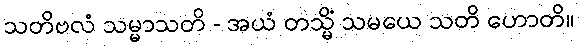
သတိဗလံ သမ္မာသတိ - အယံ တသ္မိံ သမယေ သတိ ဟောတိ။